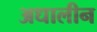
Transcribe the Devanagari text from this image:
अधालीन